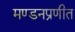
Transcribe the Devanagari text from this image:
मण्डनप्रणीत